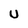
Character: U